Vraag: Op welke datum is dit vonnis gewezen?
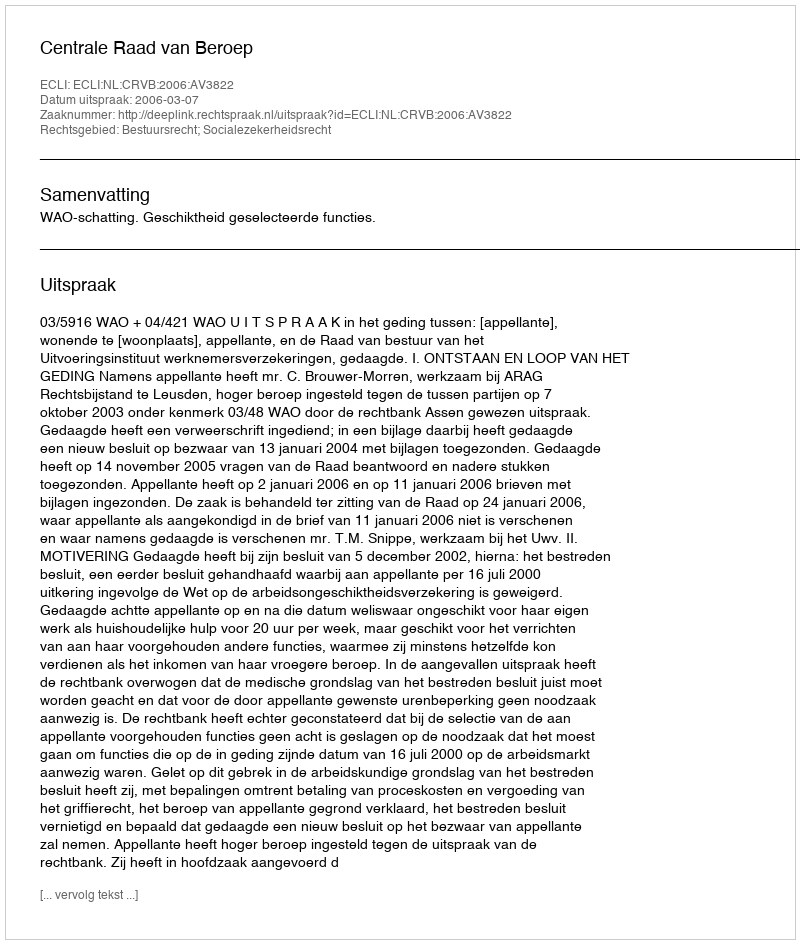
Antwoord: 2006-03-07